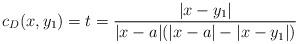
LaTeX: \begin{align*} c_D(x,y_1) = t = \frac{|x-y_1|}{|x-a|(|x-a|-|x-y_1|)}\end{align*}